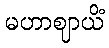
မဟာဈာယိံ